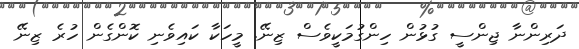
ދަރިންނާ ޖިންސީ ގުޅުން ހިންގުމަކީވެސް ޒިނޭ. މީހަކާ ކައިވެނި ކޮންގެން ހުރެ ޒިނޭ